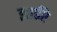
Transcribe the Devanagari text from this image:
झाईरे